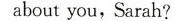
about you,Sarah?